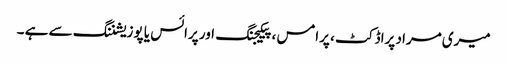
میری مراد پراڈکٹ ، پرامس ، پیکیجنگ اور پرائس یا پوزیشننگ سے ہے ۔